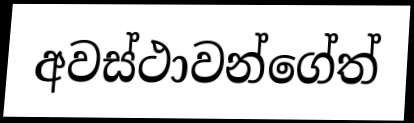
අවස්ථාවන්ගේත්